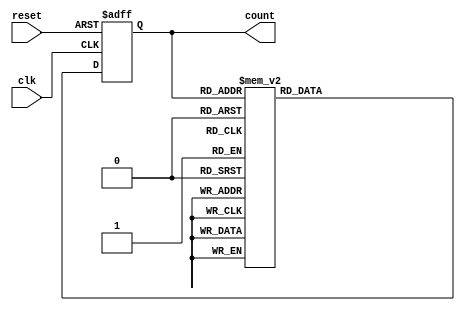
module decade_ring_counter (
    input wire clk,         // Clock input
    input wire reset,       // Asynchronous reset input
    output reg [3:0] count  // 4-bit output representing the current count
);

// Initial state
initial begin
    count = 4'b0000; // Start at 0
end

// Sequential logic for the counter
always @(posedge clk or posedge reset) begin
    if (reset) begin
        count <= 4'b0000; // Reset to 0
    end else begin
        case (count)
            4'b0000: count <= 4'b0001; // 0 -> 1
            4'b0001: count <= 4'b0010; // 1 -> 2
            4'b0010: count <= 4'b0011; // 2 -> 3
            4'b0011: count <= 4'b0100; // 3 -> 4
            4'b0100: count <= 4'b0101; // 4 -> 5
            4'b0101: count <= 4'b0110; // 5 -> 6
            4'b0110: count <= 4'b0111; // 6 -> 7
            4'b0111: count <= 4'b1000; // 7 -> 8
            4'b1000: count <= 4'b1001; // 8 -> 9
            4'b1001: count <= 4'b0000; // 9 -> 0
            default: count <= 4'b0000; // Default case (should not occur)
        endcase
    end
end

endmodule